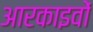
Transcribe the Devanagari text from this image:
आरकाइवों